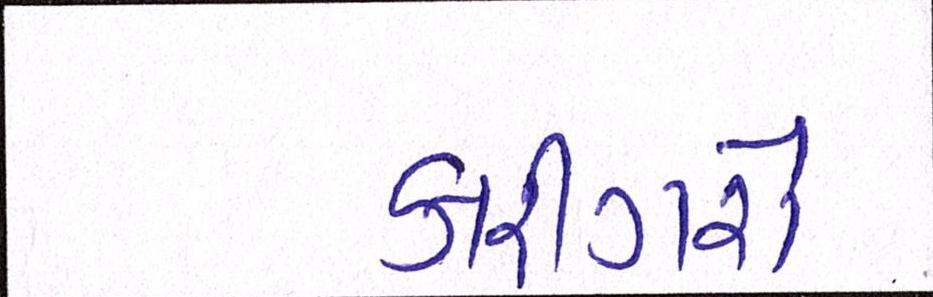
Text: કારીગરો